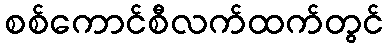
စစ်ကောင်စီလက်ထက်တွင်